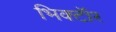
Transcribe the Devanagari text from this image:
भिक्टॉर